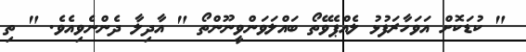
" ކުޑަކޮށް އަވަހާރަފުޅު ލެއްޕެވޭތޯ ބައްލަވަންވީނޫންތޯ " އާދިލާ ދެންނެވިއެވެ. " ތި